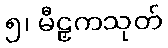
၅၊ မီဠှကသုတ်